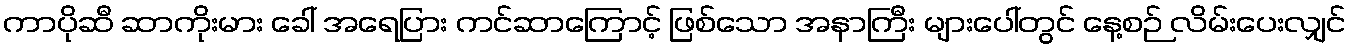
ကာပိုဆီ ဆာကိုးမား ခေါ် အရေပြား ကင်ဆာကြောင့် ဖြစ်သော အနာကြီး များပေါ်တွင် နေ့စဉ် လိမ်းပေးလျှင်